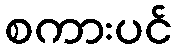
စကားပင်